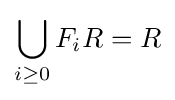
\bigcup _{i\geq 0}F_{i}R=R